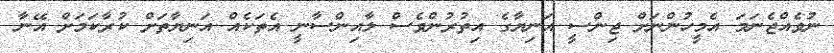
ނުވެއްޖެނަމަ އެމީހުންނަށް ޖިންސީ އަނިޔާގެ އިތުރުންވެސް ލާއިންސާނީ އެތަކެއް އަނިޔާތަށް ކުރާކަމަށް އޭނާ